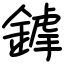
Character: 鎼